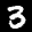
Label: 3